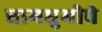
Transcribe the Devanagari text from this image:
धामधुमीचे